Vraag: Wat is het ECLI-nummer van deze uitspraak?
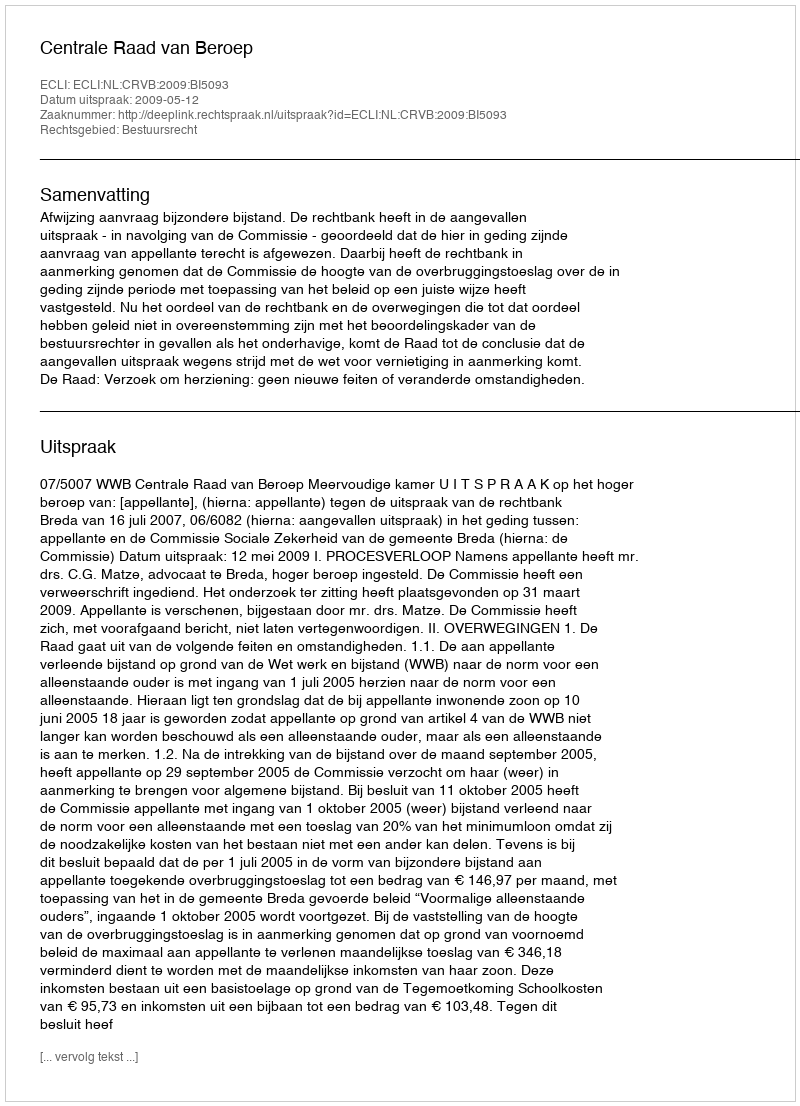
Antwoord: ECLI:NL:CRVB:2009:BI5093